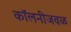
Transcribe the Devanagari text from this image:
कॉलनीजवळ